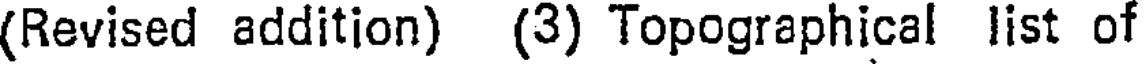
(Revised addition) (3) Topographical list of